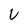
Character: U